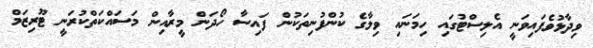
ވިދާޅުވެފައިވަނީ އެލިސްޓުގައި ހިމަނައި ވިލާގެ ކުންފުނިތަކުން ފައިސާ ހޯދަން މީރާއިން މަސައްކަތްކުރަނީ ޓޫރިޒަމް